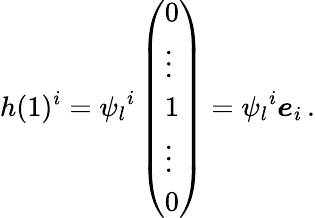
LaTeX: h(1)^{i}={\psi_{l}}^{i}\left(\begin{array}{l}{0}\\ {\vdots}\\ {1}\\ {\vdots}\\ {0}\end{array}\right)={\psi_{l}}^{i}\boldsymbol{e}_{i}\, .